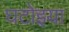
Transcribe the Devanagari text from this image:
घटोइया